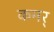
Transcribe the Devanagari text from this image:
कमर्